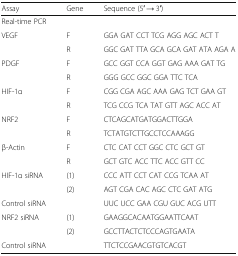
<table><thead><tr><td><b>Assay</b></td><td><b>Gene</b></td><td><b>Sequence (5′ → 3′)</b></td></tr></thead><tbody><tr><td colspan="3">Real-time PCR</td></tr><tr><td rowspan="2">VEGF</td><td>F</td><td>GGA GAT CCT TCG AGG AGC ACT T</td></tr><tr><td>R</td><td>GGC GAT TTA GCA GCA GAT ATA AGA A</td></tr><tr><td rowspan="2">PDGF</td><td>F</td><td>GCC GGT CCA GGT GAG AAA GAT TG</td></tr><tr><td>R</td><td>GGG GCC GGC GGA TTC TCA</td></tr><tr><td rowspan="2">HIF-1α</td><td>F</td><td>CGG CGA AGC AAA GAG TCT GAA GT</td></tr><tr><td>R</td><td>TCG CCG TCA TAT GTT AGC ACC AT</td></tr><tr><td rowspan="2">NRF2</td><td>F</td><td>CTCAGCATGATGGACTTGGA</td></tr><tr><td>R</td><td>TCTATGTCTTGCCTCCAAAGG</td></tr><tr><td rowspan="2">β-Actin</td><td>F</td><td>CTC CAT CCT GGC CTC GCT GT</td></tr><tr><td>R</td><td>GCT GTC ACC TTC ACC GTT CC</td></tr><tr><td>HIF-1α siRNA</td><td>(1)</td><td>CCC ATT CCT CAT CCG TCAA AT</td></tr><tr><td></td><td>(2)</td><td>AGT CGA CAC AGC CTC GAT ATG</td></tr><tr><td>Control siRNA</td><td></td><td>UUC UCC GAA CGU GUC ACG UTT</td></tr><tr><td>NRF2 siRNA</td><td>(1)</td><td>GAAGGCACAATGGAATTCAAT</td></tr><tr><td></td><td>(2)</td><td>GCCTTACTCTCCCAGTGAATA</td></tr><tr><td>Control siRNA</td><td></td><td>TTCTCCGAACGTGTCACGT</td></tr></tbody></table>